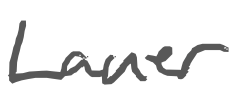
Text: Lauer
Cross-out: clean
Writing tool: digital_gray